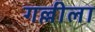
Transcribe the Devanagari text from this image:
गल्लीला